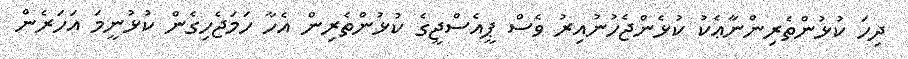
ދިހަ ކުޅުންތެރިންނާޢެކު ކުޅެންޖެހުނުއިރު ވެސް ޕީއެސްޖީގެ ކުޅުންތެރިން އެހާ ހަމަޖެހިގެން ކުޅުނީމަ އަހަރެން